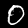
Digit: 0